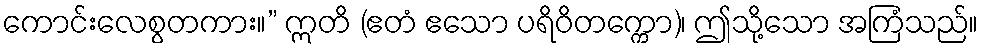
ကောင်းလေစွတကား။” ဣတိ (ဧတံ ဧသော ပရိဝိတက္ကော)၊ ဤသို့သော အကြံသည်။